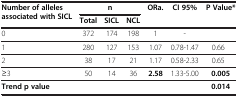
<table><thead><tr><td rowspan="2"><b>Number of alleles associated with SICL</b></td><td colspan="3"><b>n</b></td><td rowspan="2"><b>ORa.</b></td><td rowspan="2"><b>CI 95%</b></td><td rowspan="2"><b>P Value*</b></td></tr><tr><td><b>Total</b></td><td><b>SICL</b></td><td><b>NCL</b></td></tr></thead><tbody><tr><td>0</td><td>372</td><td>174</td><td>198</td><td>1</td><td>-</td><td> </td></tr><tr><td>1</td><td>280</td><td>127</td><td>153</td><td>1.07</td><td>0.78-1.47</td><td>0.66</td></tr><tr><td>2</td><td>38</td><td>17</td><td>21</td><td>1.17</td><td>0.58-2.33</td><td>0.65</td></tr><tr><td>≥3</td><td>50</td><td>14</td><td>36</td><td><b>2.58</b></td><td>1.33-5.00</td><td><b>0.005</b></td></tr><tr><td colspan="6"><b>Trend p value</b></td><td><b>0.014</b></td></tr></tbody></table>